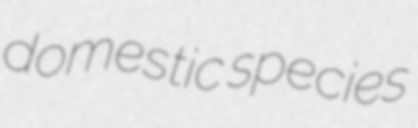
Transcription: domestic species